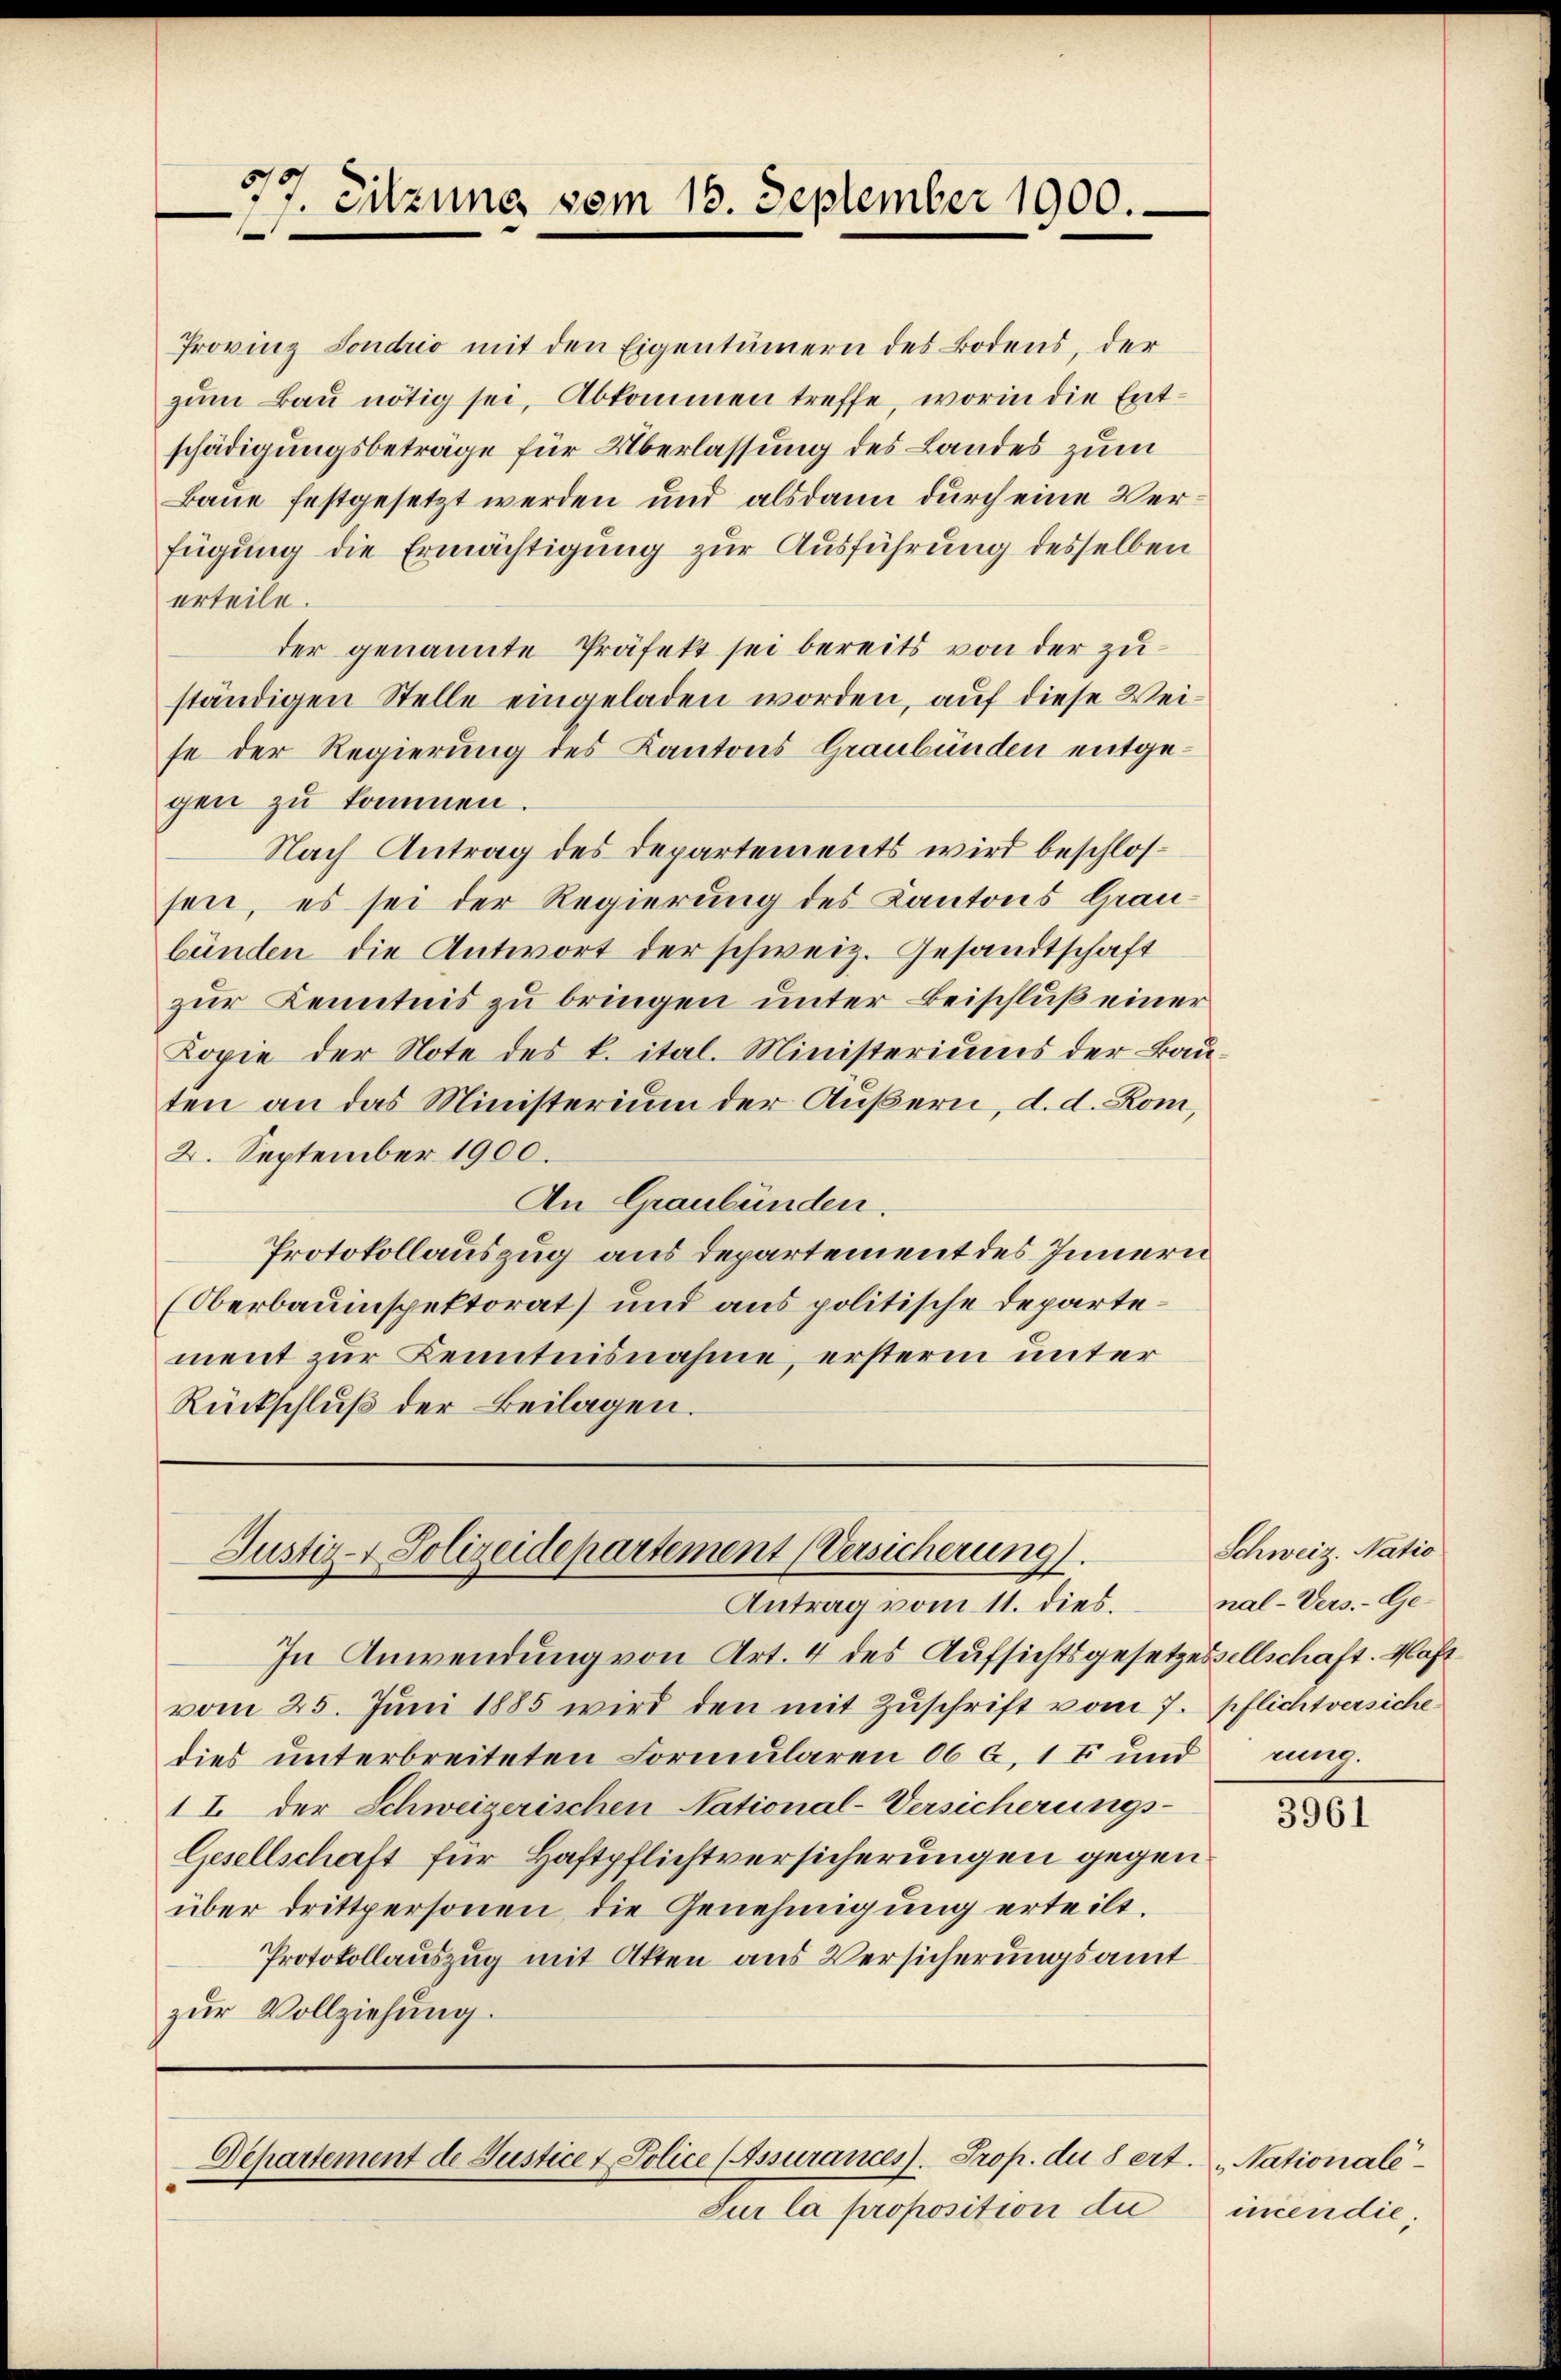
77. Sitzung vom 15. September 1900.
e

Provinz Londrio mit den Eigentümern des Bodens, der
zum Bau nötig sei, Abkommen treffe, worin die Entschädigungsbeträge für Überlassung des Landes zum
Baue festgesetzt werden und alsdann durch eine Verfügung die Ermächtigung zur Ausführung desselben
erteile.
der genannte Präfekt sei bereits von der zuständigen Stelle eingeladen worden, auf diese Weise der Regierung des Kantons Graubünden entgegen zu kommen.
Nach Antrag des Departements wird beschlossen, es sei der Regierung des Kantons Graubänden die Antwort der schweiz. Gesandtschaft
zur Kenntnis zu bringen unter Beischluß einer
Kopie der Note des k. ital. Ministeriums der Bauten an das Ministerium der Äußern, d. d. Rom,
2. September 1900.
An Graubünden.
Protokollauszug aus departement des Innern
(Oberbauinspektorat) und aus politische Departement zur Kenntnisnahme, ersterm unter
Rückschluß der Beilagen.

Justiz- & Polizeidepartement (Versicherung).
Antrag vom 11. dies.

In Anwendung von Art. 4 des Aufsichtsgesetzessellschaft. Haft
vom 25. Jŭni 1885 wird den mit Zŭschrift vom 7. pflichtversiche
dies unterbreiteten Formularen 06 C, 1 Ei und
1 I. der Schweizerischen National-Versicherungs-
Gesellschaft für Haftpflichtversicherungen gegen
über drittpersonen, die Genehmigung erteilt.
Protokollauszug mit Akten aus Versicherungsamt
zŭr Vollziehŭng.

Departement de Justice & Police (Assurances. Prop. du 8 ert. Nationale

Sur la proposition du

Schweiz. Natio
nal-Vers.- Ge-
nung.

3961

incendie;